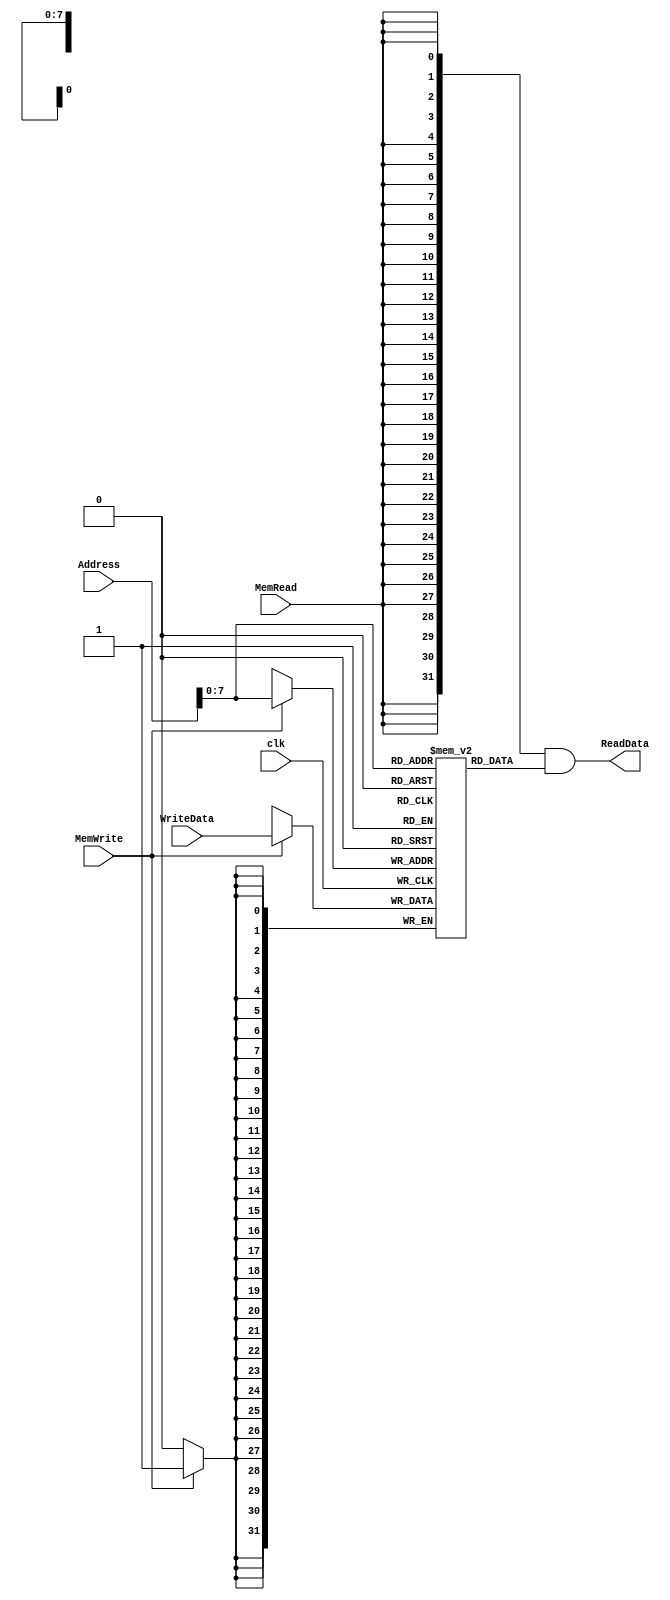
module DataMemory
#(	parameter DATA_WIDTH=32,
	parameter MEMORY_DEPTH = 256
)
(
	input [DATA_WIDTH-1:0] WriteData,
	input [DATA_WIDTH-1:0]  Address,
	input MemWrite,MemRead, clk,
	output  [DATA_WIDTH-1:0]  ReadData
);
	reg [DATA_WIDTH-1:0] ram[MEMORY_DEPTH-1:0];
	wire [DATA_WIDTH-1:0] ReadDataAux;

	always @ (posedge clk)
	begin
		if (MemWrite)
			ram[Address] <= WriteData;
	end
	assign ReadDataAux = ram[Address];
  	assign ReadData = {DATA_WIDTH{MemRead}}& ReadDataAux;

endmodule